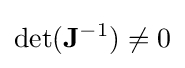
\det(\mathbf {J} ^{-1})\neq 0